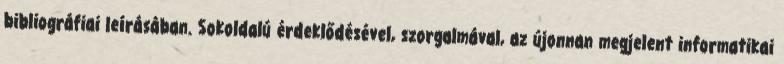
bibliográfiai leírásában. Sokoldalú érdeklődésével, szorgalmával, az újonnan megjelent informatikai